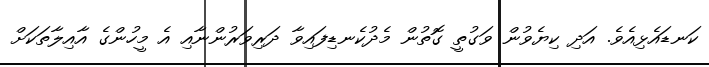
ކަނޑައެޅިއެވެ. އަދި ކިޔެވުން ވަގުތީ ގޮތުން މެދުކެނޑިފައިވާ ދަރިވަރުންނާއި އެ މީހުންގެ އާއިލާތަކަށް